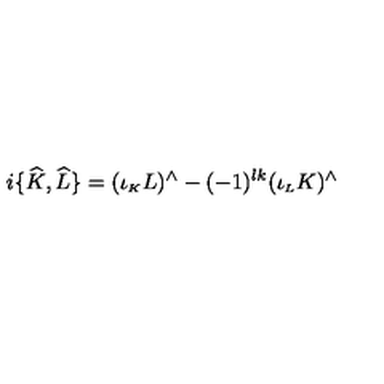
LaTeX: i \{ \widehat { K } , \widehat { L } \} = ( \iota _ { \scriptscriptstyle K } L ) ^ { \wedge } - ( - 1 ) ^ { l k } ( \iota _ { \scriptscriptstyle L } K ) ^ { \wedge }